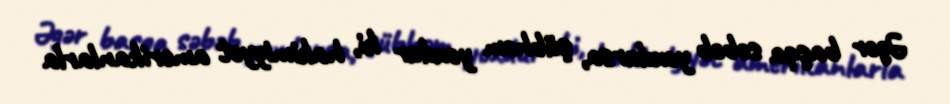
Əgər başqa səbəb yoxdursa, şübhəm yoxdur ki, hakimiyyət amerikanlarla